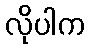
လိုပါက